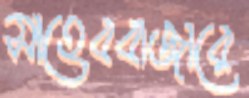
সাহেববাজারে